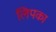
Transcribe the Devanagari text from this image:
लिपका